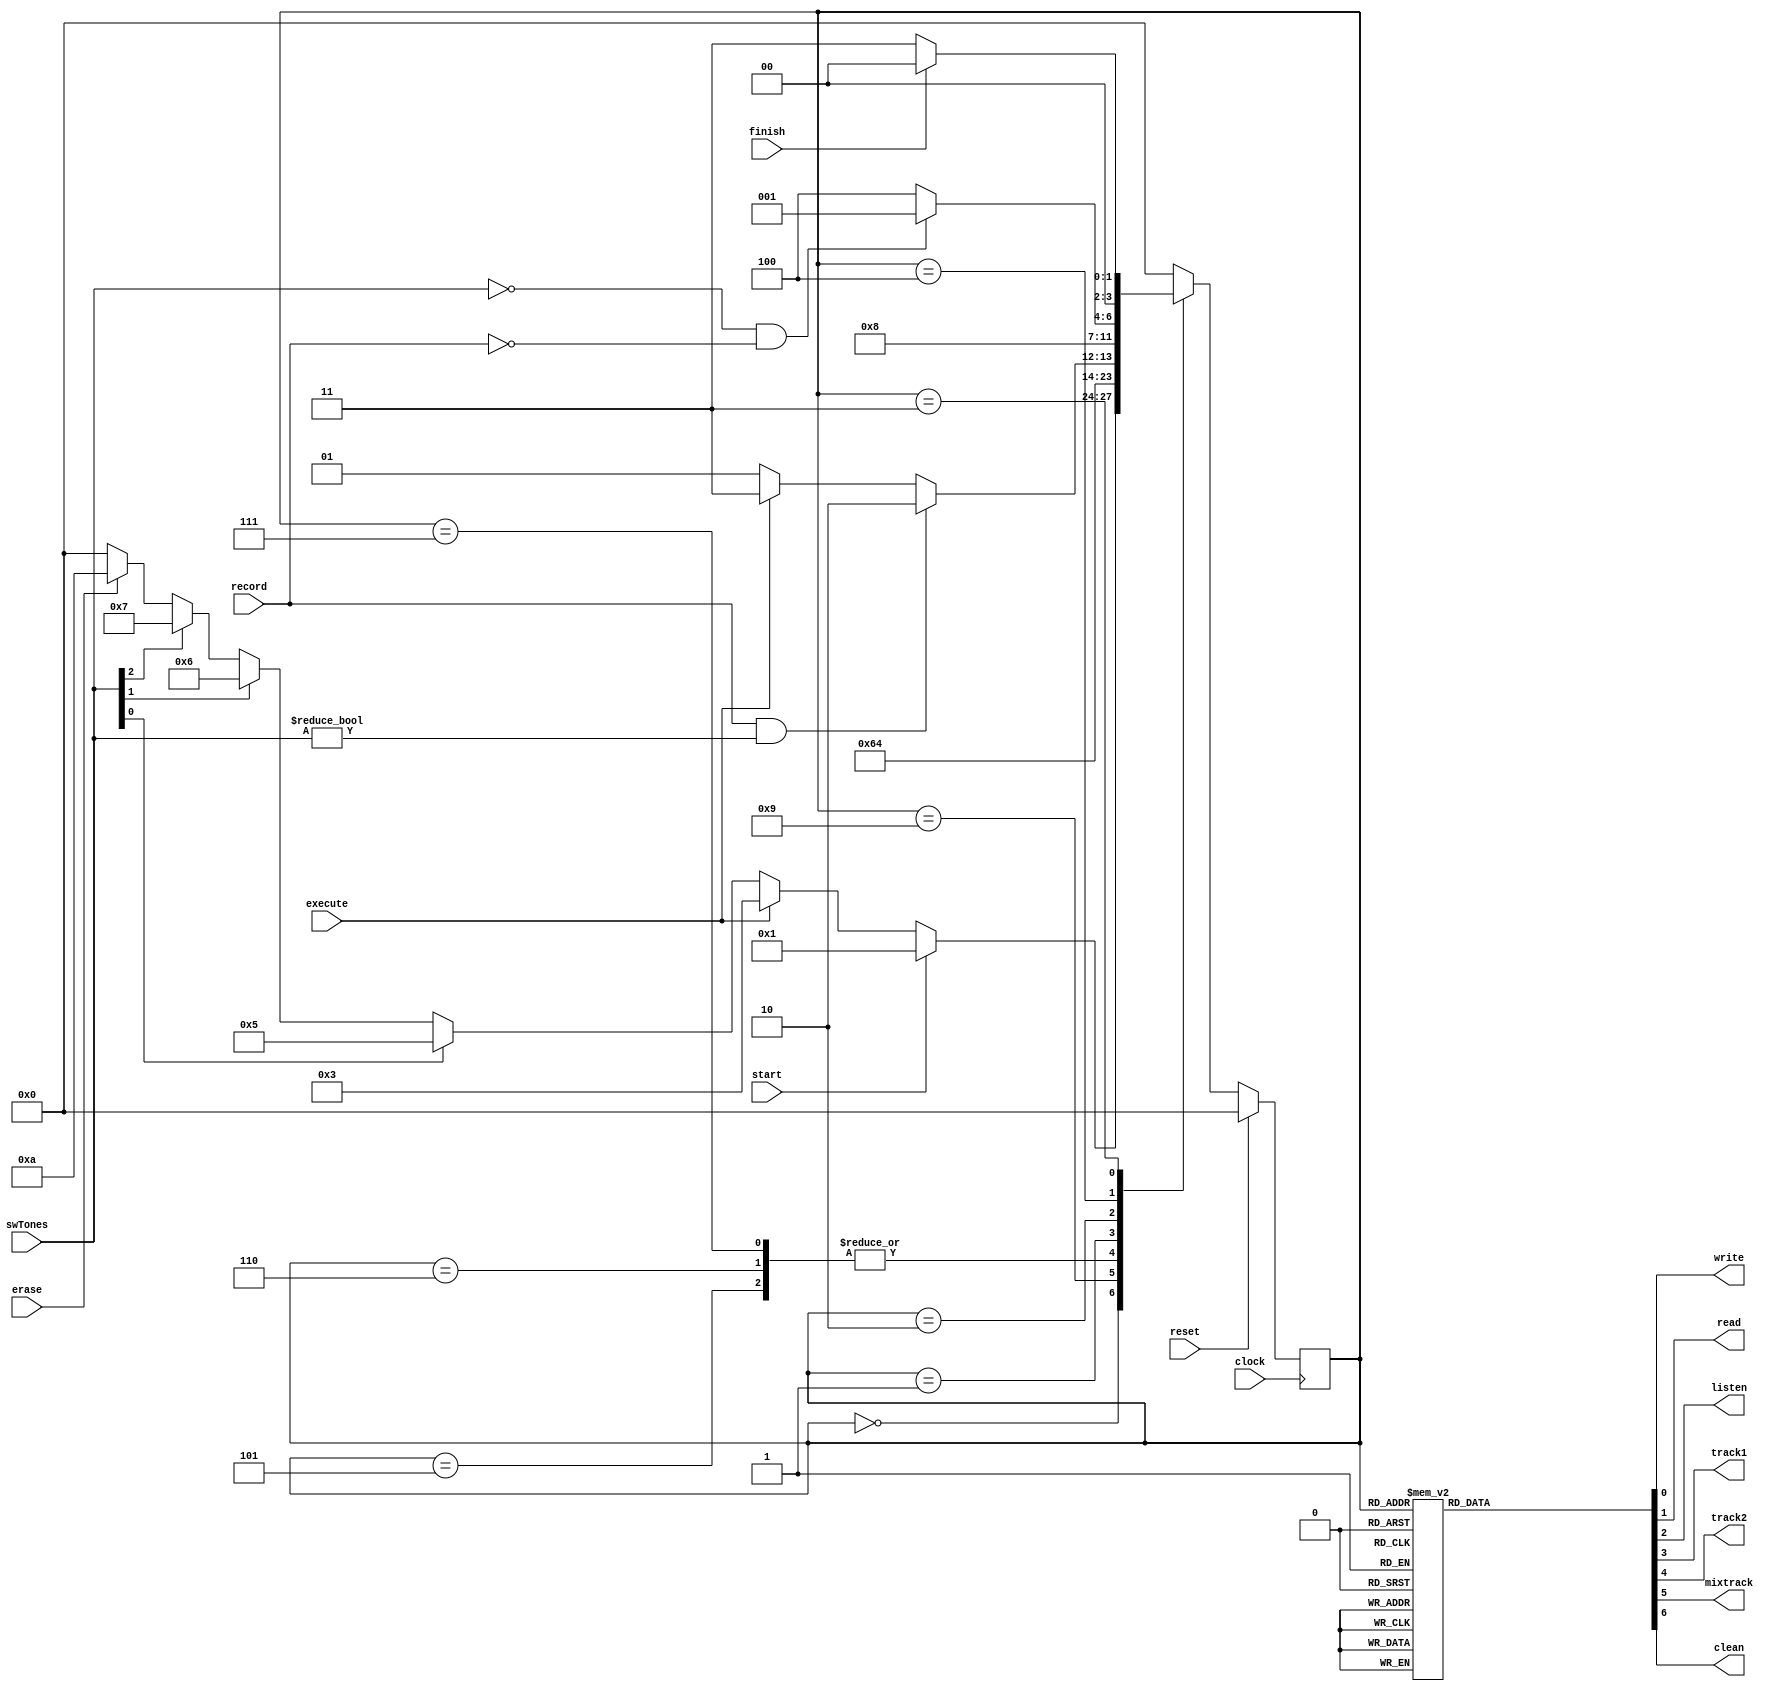
`timescale 1ns / 1ps
//////////////////////////////////////////////////////////////////////////////////
// Company: 
// Engineer: 
// 
// Design Name: 
// Module Name:    FSM_CONTROL 
// Project Name: 
// Target Devices: 
// Tool versions: 
// Description: 
//
// Dependencies: 
//
// Revision: 
// Revision 0.01 - File Created
// Additional Comments: 
//
//////////////////////////////////////////////////////////////////////////////////
module FSM_CONTROL(
   input wire clock,
	input wire reset,
	input wire execute,
	input wire start,
	input wire record,
	input wire finish,
	input wire erase,
   input wire [7:0] swTones,
	output reg write,
	output reg read,
	output reg listen,
	output reg track1,
	output reg track2,
	output reg mixtrack,
	output reg clean
	
);

//Others
reg [3:0] state = 0;

parameter INICIO = 0;
parameter GRABAR = 1;
parameter ESCRIBA = 2;
parameter ESCUCHAR = 3;
parameter SIGUIENTE = 4;
parameter CS_TRACK1 = 5;
parameter CS_TRACK2 = 6;
parameter MIX_TRACKS = 7;
parameter TRANSITION = 9;
parameter ERASE = 10;

always @(posedge clock)
     begin
		if (reset)
			state <= INICIO;
      else
         case (state)
				INICIO:		
					if(start)
						state <=GRABAR;
					else if(execute)
						state <=ESCUCHAR;
					else if(swTones[0])
						state <=CS_TRACK1;
					else if(swTones[1])
						state <=CS_TRACK2;
					else if(swTones[2])
						state <=MIX_TRACKS;
					else if(erase)
						state <=ERASE;
					else
						state <=INICIO;
				TRANSITION:
					state <= GRABAR;
				ERASE:
					state <= INICIO;
				CS_TRACK1:
					state <=TRANSITION;
				CS_TRACK2:
					state <=TRANSITION;
				MIX_TRACKS:
					state <= TRANSITION;
				GRABAR:
					if(record & swTones != 8'b0)
						state <=ESCRIBA;
					else if(execute)
						state <=ESCUCHAR;
					else
						state <=GRABAR;
				ESCRIBA:
						state <=SIGUIENTE;
				SIGUIENTE:
					if(swTones == 8'b0 & record == 1'b0)
						state <=GRABAR;
					else
						state <=SIGUIENTE;
					
				ESCUCHAR:
					if(finish)
						state <=INICIO;
					else
						state <=ESCUCHAR;
					
				default:
					state <= INICIO;
			endcase
		end
	
always @(state)
	begin
		case (state)
			INICIO:
				begin
					write = 0;
					read = 0;
					listen = 1;
					track1= 0;
					track2 = 0;
					mixtrack = 0;
					clean = 0;
				end
			CS_TRACK1:
				begin
					write = 0;
					read = 0;
					listen = 0;
					track1= 1;
					track2 = 0;
					mixtrack = 0;
					clean = 0;
					end
			CS_TRACK2:
				begin
					write = 0;
					read = 0;
					listen = 0;
					track1= 0;
					track2 = 1;
					mixtrack = 0;
					clean = 0;
				end
		   ERASE:
				begin
					write = 0;
					read = 0;
					listen = 0;
					track1= 1;
					track2 = 0;
					mixtrack = 0;
					clean = 1;
				end
			MIX_TRACKS:
				begin
					write = 0;
					read = 0;
					listen = 0;
					track1= 0;
					track2 = 0;
					mixtrack = 1;
					clean = 0;
				end
			GRABAR:
				begin
					write = 0;
					read = 0;				
					listen = 0;
					track1= 0;
					track2 = 0;
					mixtrack = 0;
					clean = 0;
				end
			ESCRIBA:
				begin
					write = 1;
					read = 0;
					listen = 0;
					track1= 0;
					track2 = 0;
					mixtrack = 0;
					clean = 0;
				end
			
			SIGUIENTE:
				begin
					write = 0;
					read = 0;
					listen = 0;
					track1= 0;
					track2 = 0;
					mixtrack = 0;
					clean = 0;
				end				
				
			ESCUCHAR:
				begin
					write = 0;
					read = 1;
					listen = 0;
					track1= 0;
					track2 = 0;
					mixtrack = 0;
					clean = 0;
				end
			TRANSITION:
				begin
					write = 0;
					read = 0;
					listen = 0;
					track1= 0;
					track2 = 0;
					mixtrack = 0;
					clean = 0;
				end
		   default:
				begin
					write = 0;
					read = 0;
					listen = 1;
					track1= 0;
					track2 = 0;
					mixtrack = 0;
					clean = 0;
				end
		endcase
	end

endmodule